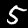
Label: 5